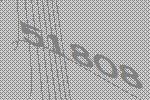
51808